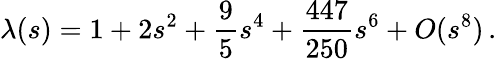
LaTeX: \lambda(s)=1+2s^{2}+\frac{9}{5}s^{4}+\frac{447}{250}s^{6}+O(s^{8})\, .